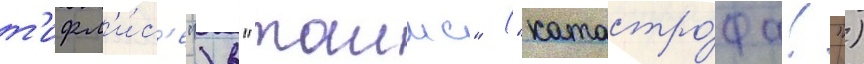
т'ифл'и́с'е") в "таимс" ("катастро́фа!")